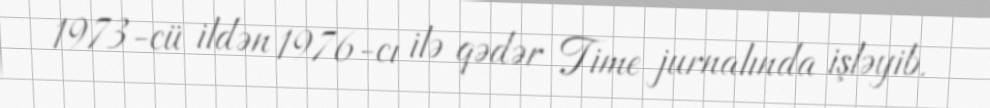
1973-cü ildən 1976-cı ilə qədər Time jurnalında işləyib.